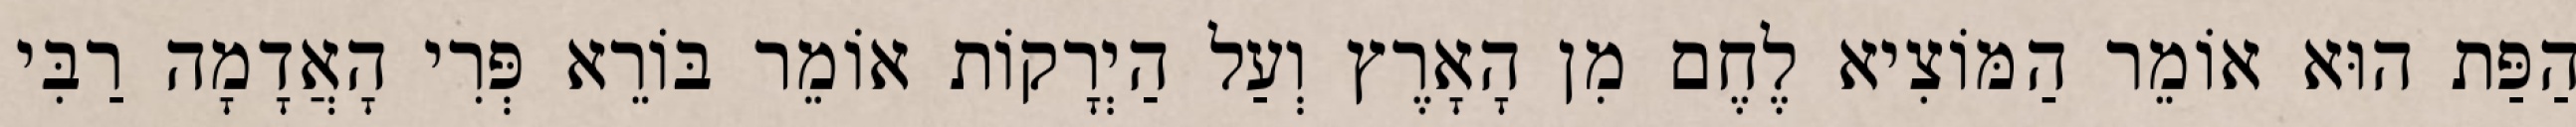
הַפַּת הוּא אוֹמֵר הַמּוֹצִיא לֶחֶם מִן הָאָרֶץ וְעַל הַיְרָקוֹת אוֹמֵר בּוֹרֵא פְּרִי הָאֲדָמָה רַבִּי